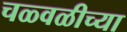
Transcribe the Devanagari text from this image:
चळ्वळीच्या